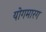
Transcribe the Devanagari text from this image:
योगमारग